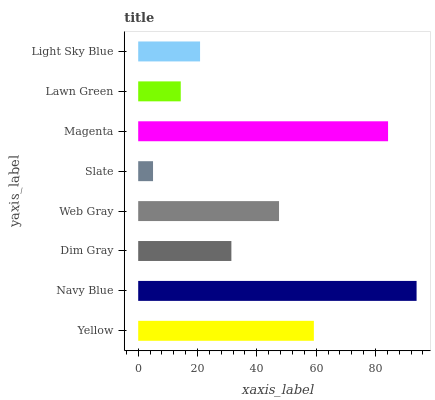
| yaxis_label | bars |
 | --- | --- |
 | Yellow | 59.2 |
 | Navy Blue | 93.8 |
 | Dim Gray | 31.4 |
 | Web Gray | 47.5 |
 | Slate | 5 |
 | Magenta | 84.2 |
 | Lawn Green | 14.4 |
 | Light Sky Blue | 20.9 |